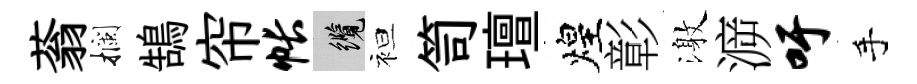
蓊攔鵠帘帐纜袒笥璮煌彰激㴑吁手